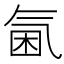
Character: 𣱣